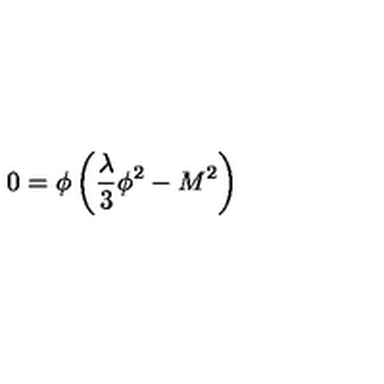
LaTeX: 0 = \phi \left( { \frac { \lambda } { 3 } } \phi ^ { 2 } - M ^ { 2 } \right)